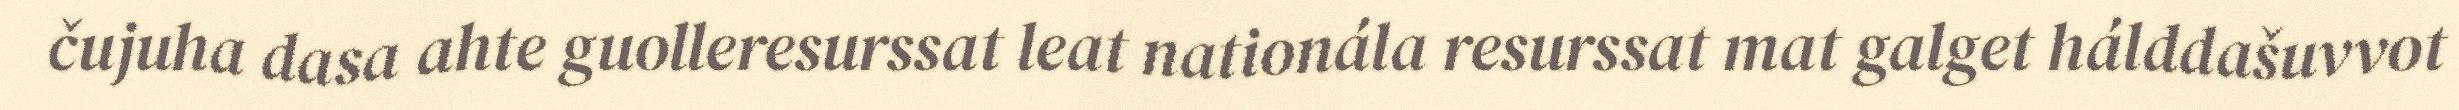
čujuha dasa ahte guolleresurssat leat nationála resurssat mat galget hálddašuvvot